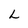
Character: L